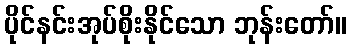
ပိုင်နင်းအုပ်စိုးနိုင်သော ဘုန်းတော်။